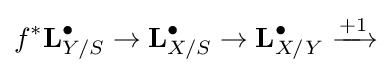
f^{*}\mathbf {L} _{Y/S}^{\bullet }\to \mathbf {L} _{X/S}^{\bullet }\to \mathbf {L} _{X/Y}^{\bullet }\xrightarrow {+1}